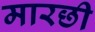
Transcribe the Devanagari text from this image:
मारछी